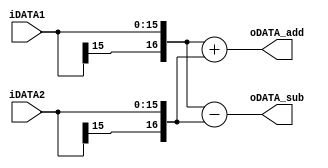
//********************************************************************************************************
//
//  Title             : Butterfly
//  Related document  : TM-2009-01-10.hwp/doc/ppt/vsd
//  Organization      : SoC Design Lab.
//                      School of Electrics, Telecommunications and Computer Engineering (ETCE)
//                      Korea Aerospace University (KAU)
//
//  Simulator         : ModelSim SE 6.5b
//  Synthesizer       : Synopsys 2004 SP2
//
//  Created date      : 2010-11-09
//  Last updated date : 2010-11-20 (by SooHyun JANG)
//  Update notice     : {date} - {comments}
//  Version           : Ver0.0
//
//********************************************************************************************************/
// Updated by Kim Kyeong-min
// From 8-point to 16-point
//********************************************************************************************************/

`timescale 1 ns / 100 ps

module BF(iDATA1,
          iDATA2,
          oDATA_add,
          oDATA_sub);
    
    parameter IL = 16;
    parameter OL = IL+1;
    
    input	[IL-1:0] 	iDATA1;
    input	[IL-1:0] 	iDATA2;
    output	[OL-1:0] 	oDATA_add;
    output	[OL-1:0] 	oDATA_sub;
    
    
    assign oDATA_add = {iDATA1[IL-1],iDATA1} + {iDATA2[IL-1],iDATA2};
    assign oDATA_sub = {iDATA1[IL-1],iDATA1} - {iDATA2[IL-1],iDATA2};
    
    
endmodule